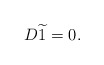
\begin{align*}D\widetilde{1}=0. \end{align*}